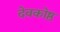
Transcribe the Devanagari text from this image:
देवकोष्ठ